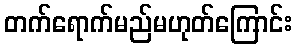
တက်ရောက်မည်မဟုတ်ကြောင်း